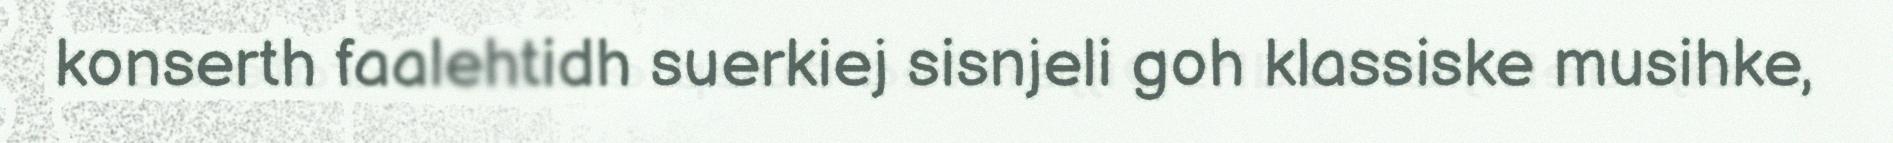
konserth faalehtidh suerkiej sisnjeli goh klassiske musihke,